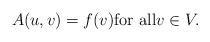
LaTeX: \begin{align*} A(u,v)=f(v){\rm for \,\,all}v\in V.\end{align*}